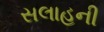
સલાહની